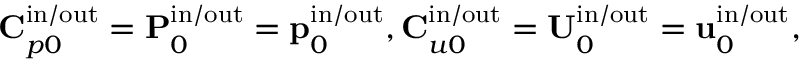
\mathbf { C } _ { p 0 } ^ { \mathrm { i n } / \mathrm { o u t } } = \mathbf { P } _ { 0 } ^ { \mathrm { i n } / \mathrm { o u t } } = \mathbf { p } _ { 0 } ^ { \mathrm { i n } / \mathrm { o u t } } , \mathbf { C } _ { u 0 } ^ { \mathrm { i n } / \mathrm { o u t } } = \mathbf { U } _ { 0 } ^ { \mathrm { i n } / \mathrm { o u t } } = \mathbf { u } _ { 0 } ^ { \mathrm { i n } / \mathrm { o u t } } ,